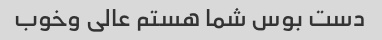
دست بوس شما هستم عالی وخوب